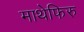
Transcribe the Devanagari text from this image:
माथेफिरु